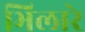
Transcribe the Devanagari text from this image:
भिलारे